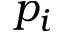
p _ { i }